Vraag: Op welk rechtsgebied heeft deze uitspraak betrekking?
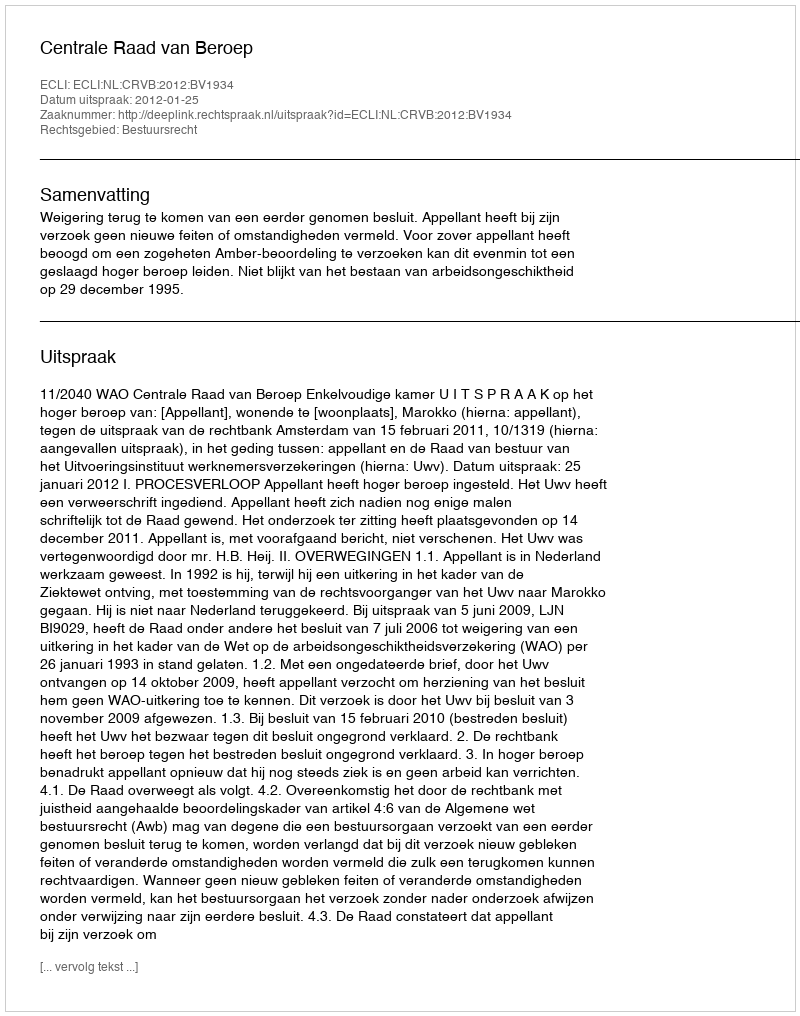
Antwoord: Bestuursrecht